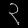
Digit: ၃